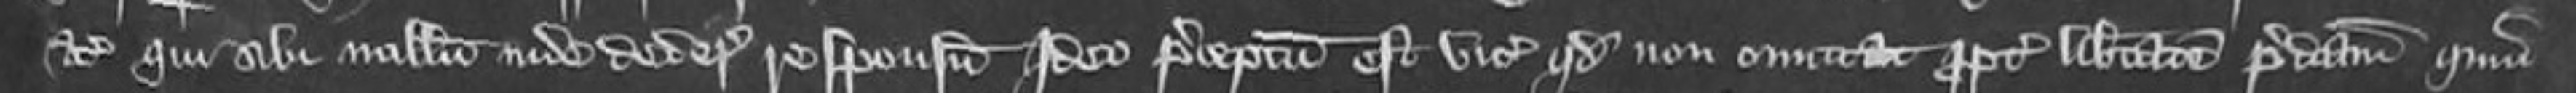
etc qui sibi nullum unde dedere responsum Ideo preceptum est vicecomiti quod non omittat propter libertatem predictam quam